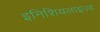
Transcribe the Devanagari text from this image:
इनिशियलाइज़्ड